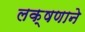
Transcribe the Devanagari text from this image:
लक्षणाने